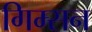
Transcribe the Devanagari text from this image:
गिम्सन